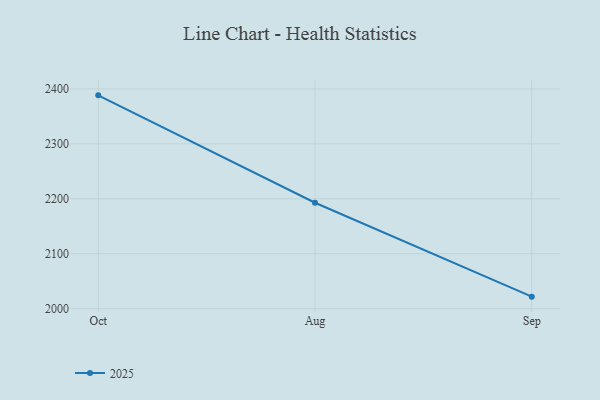
{"axis": {"x": "Month", "y": "Headcount"}, "legend": ["2025"], "data": [{"x": "Oct", "y": 2388.4, "type": "2025"}, {"x": "Aug", "y": 2192.8, "type": "2025"}, {"x": "Sep", "y": 2021.8, "type": "2025"}]}